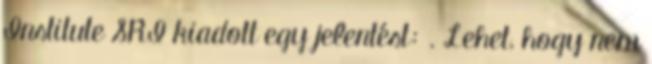
Institute SRI kiadott egy jelentést: . Lehet, hogy nem